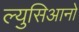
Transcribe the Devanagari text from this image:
ल्युसिआनो